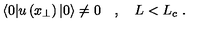
\langle 0 | u \left( x _ { \perp } \right) | 0 \rangle \neq 0 \quad , \quad L < L _ { c } \ .